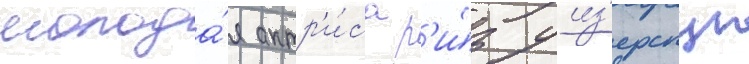
молода́я актр'и́са р'и́з уиз'ерспун